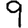
Digit: 9